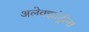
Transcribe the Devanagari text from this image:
अलेक्झांड्रीना